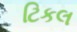
ટિકલ